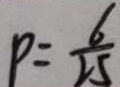
P = \frac { 6 } { 2 5 }